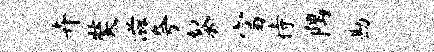
卉奘滋夸黎富待隅勘